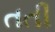
તતી